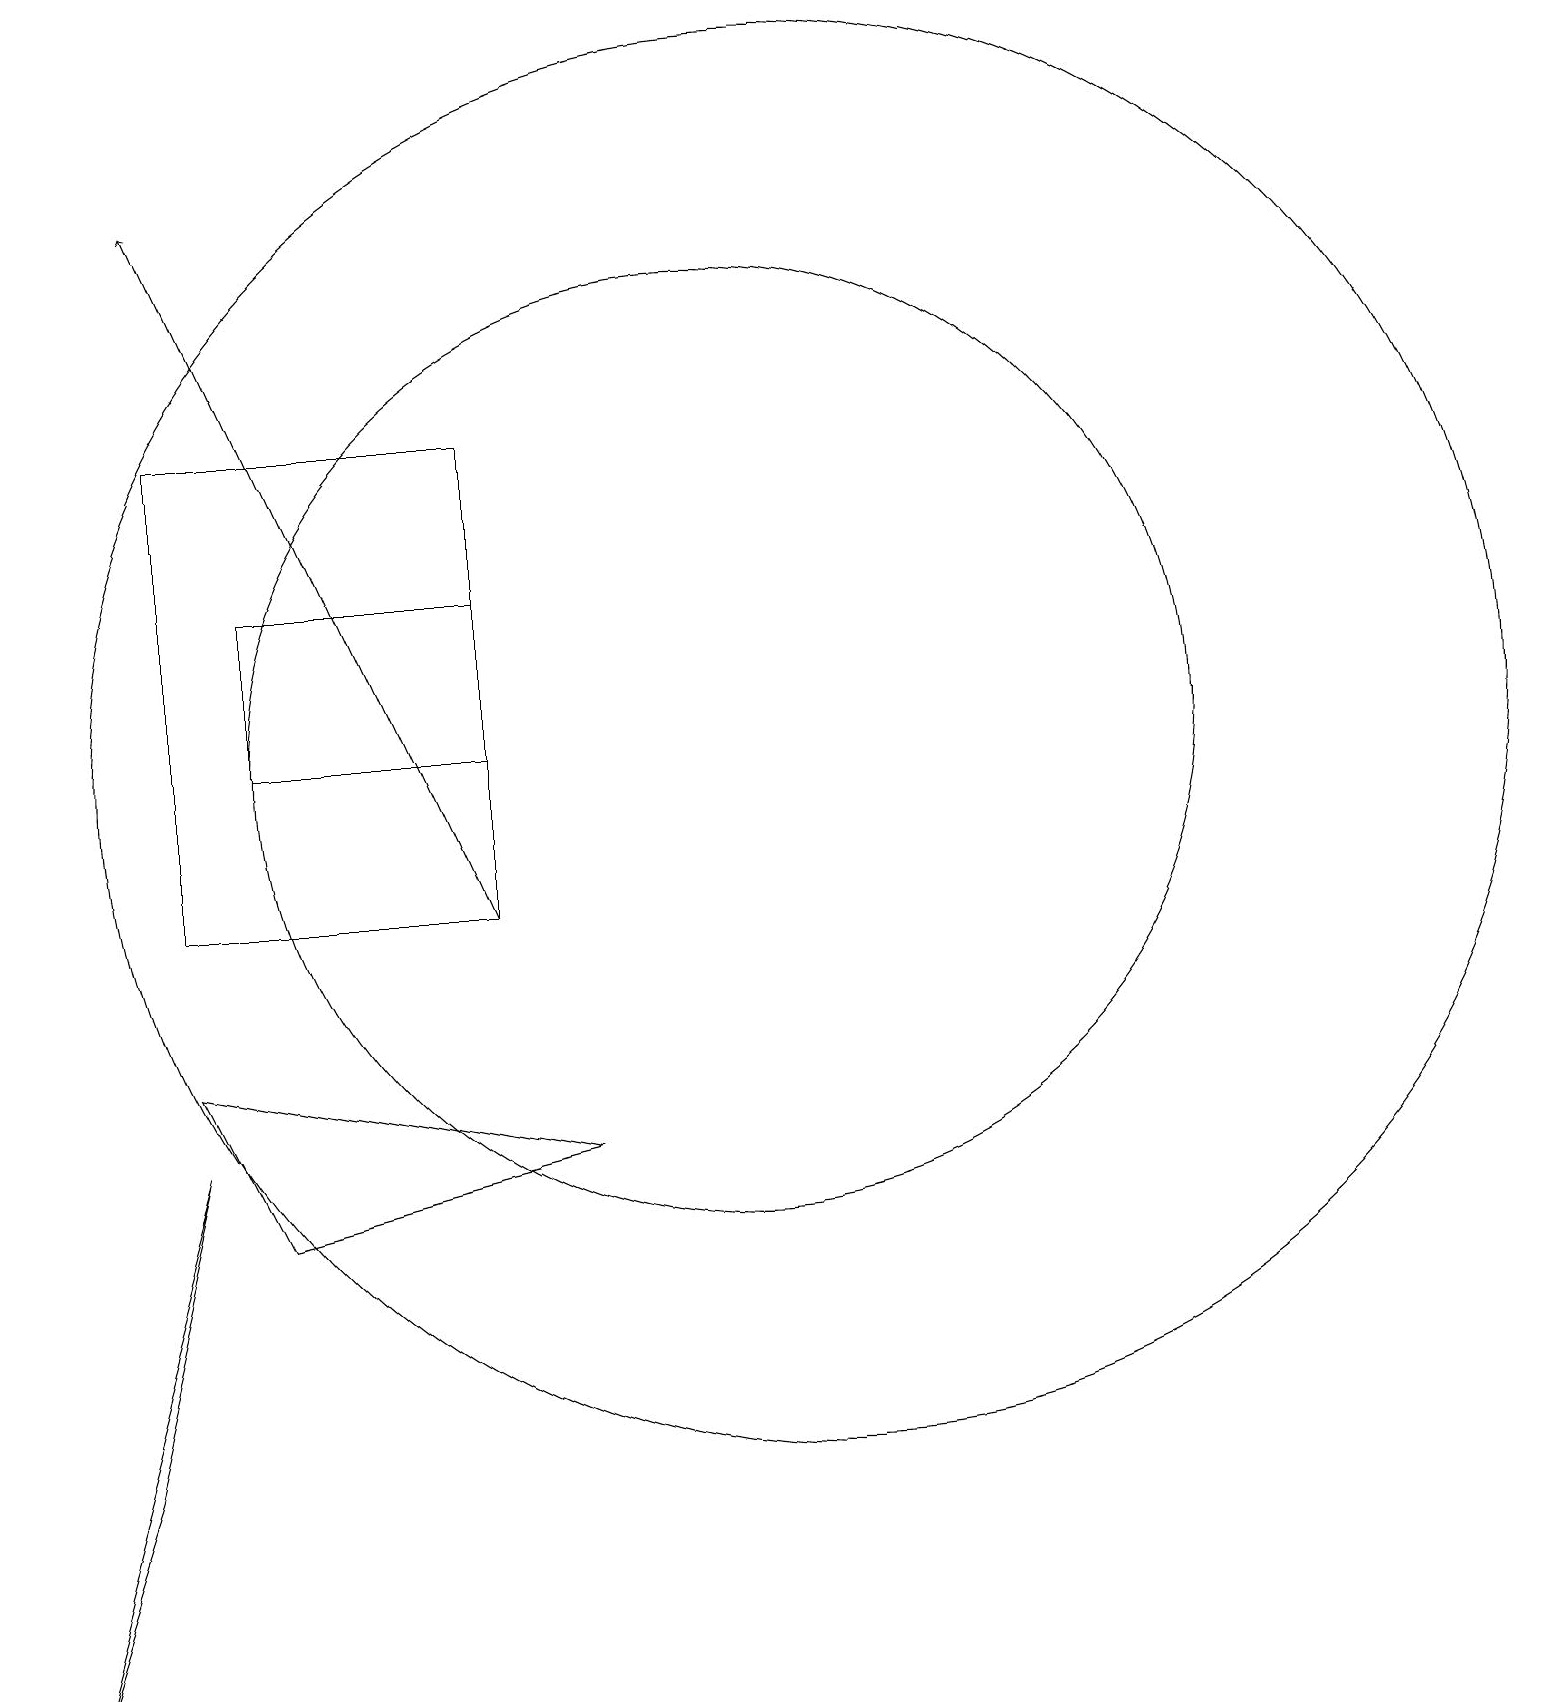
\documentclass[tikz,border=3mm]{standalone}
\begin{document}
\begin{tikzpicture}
\draw (4,12) rectangle (7,14);
\draw (3,16) rectangle (7,10);
\draw (10,12) circle (6);
\draw (3,8) -- (4,6) -- (8,7) -- cycle;
\draw[->] (7,10) -- (3,19);
\draw (1,0) -- (3,7) -- (2,3) -- cycle;
\draw (11,12) circle (9);
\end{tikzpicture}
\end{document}